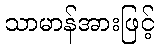
သာမာန်အားဖြင့်